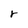
Character: r